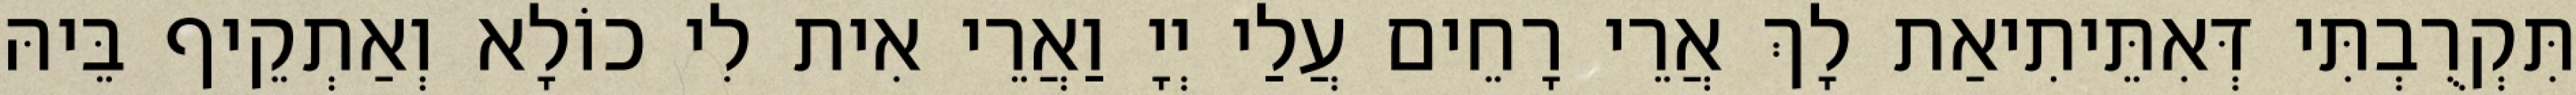
תִּקְרֻבְתִּי דְּאִתֵּיתִיאַת לָךְ אֲרֵי רָחֵים עֲלַי יְיָ וַאֲרֵי אִית לִי כוֹלָא וְאַתְקֵיף בֵּיהּ